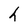
Character: h